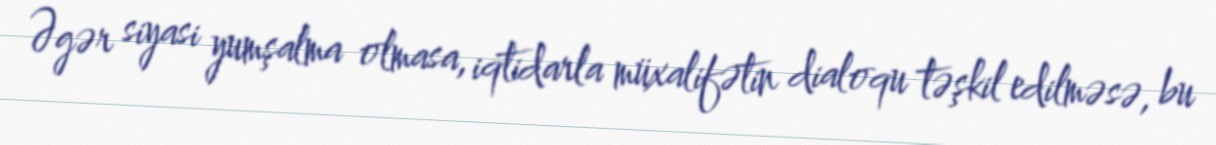
Əgər siyasi yumşalma olmasa, iqtidarla müxalifətin dialoqu təşkil edilməsə, bu